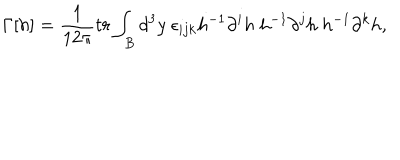
LaTeX: \Gamma [ h ] = \frac { 1 } { 1 2 \pi } t r \int _ { B } d ^ { 3 } y ~ \epsilon _ { i j k } h ^ { - 1 } \partial ^ { i } h ~ h ^ { - 1 } \partial ^ { j } h ~ h ^ { - 1 } \partial ^ { k } h ,